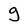
Character: g